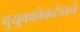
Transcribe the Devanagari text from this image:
बुयुक्कोकटेनने